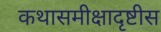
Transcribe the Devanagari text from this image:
कथासमीक्षादृष्टीस